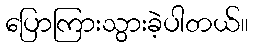
ပြောကြားသွားခဲ့ပါတယ်။